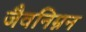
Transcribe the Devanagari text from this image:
जैवनिम्नन